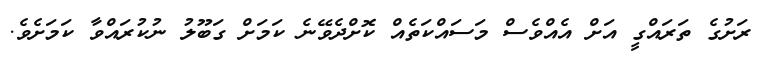
ރަށުގެ ތަރައްގީ އަށް އެއްވެސް މަސައްކަތެއް ކޮށްދެވޭނެ ކަމަށް ގަބޫލު ނުކުރައްވާ ކަމަށެވެ.